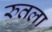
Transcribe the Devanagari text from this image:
रुतला